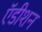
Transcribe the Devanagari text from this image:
ऍडीशन